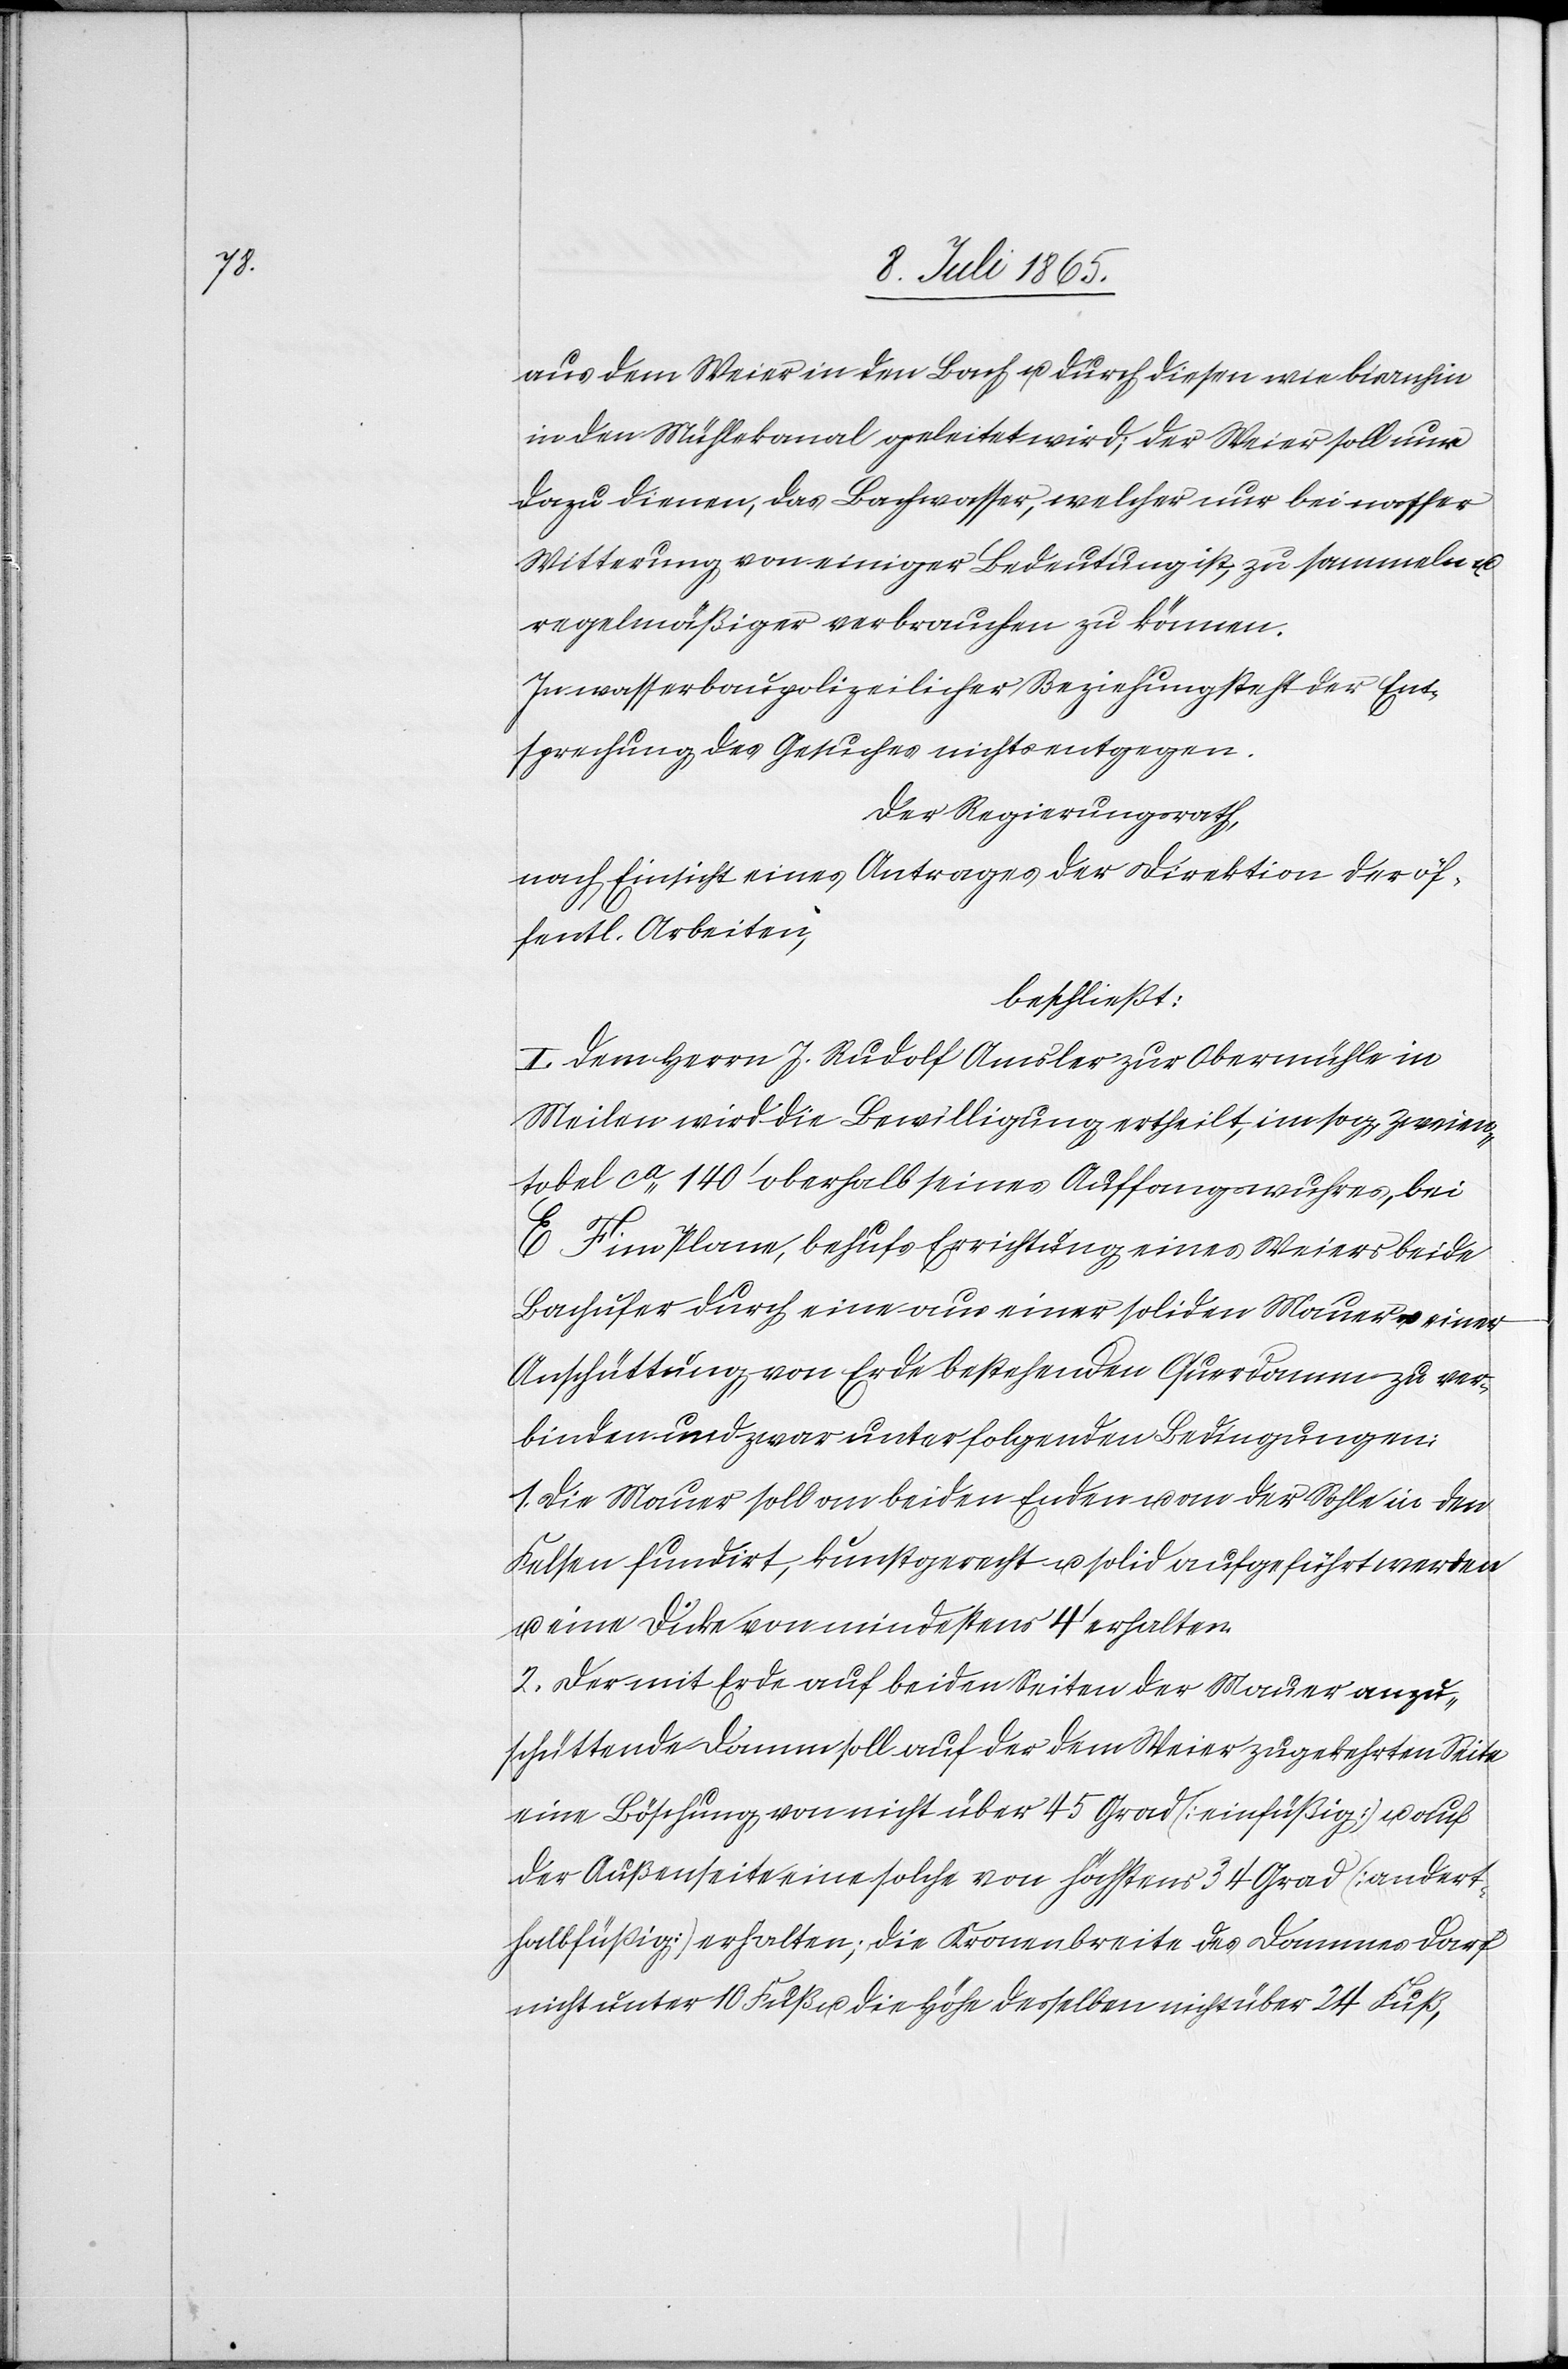
aus dem Weier in den Bach u. durch diesen wie bisanhin
in den Mühlekanal geleitet wird; der Weier soll nur
dazu dienen, das Bachwasser, welcher nur bei nasser
Witterung von einiger Bedeutung ist, zu sammeln u.
regelmäßiger verbrauchen zu können.
In wasserbaupolizeilicher Beziehung steht der Ent¬
sprechung des Gesuches nichts entgegen.
Der Regierungsrath,
nach Einsicht eines Antrages der Direktion der öf¬
fentl. Arbeiten,
beschließt:
I. Dem Herrn J. Rudolf Amsler zur Obermühle in
Meilen wird die Bewilligung ertheilt, im sog. Zweien¬
tobel ca 140’ oberhalb seines Auffangswuhres bei
E F im Plane, behufs Errichtung eines Weiers beide
Bachufer durch eine aus einer soliden Mauer u. einer
Anschüttung von Erde bestehenden Querdamm zu ver¬
binden und zwar unter folgenden Bedingungen:
1. Die Mauer soll an beiden Enden u. an der Sohle in den
Felsen fundirt, kunstgerecht u. solid aufgeführt werden
u. eine Dicke von mindestens 4’ erhalten.
2. Der mit Erde auf beiden Seiten der Mauer anzu¬
schüttende Damm soll auf der dem Weier zugekehrten Seite
eine Böschung von nicht über 45 Grad [einfüßig] u. auß
der Außenseite eine solche von höchstens 34 Grad [andert¬
halbfüßig] erhalten; die Kronenbreite des Dammes darf
nicht unter 10 Fuß u. die Höhe desselben nicht über 24 Fuß,